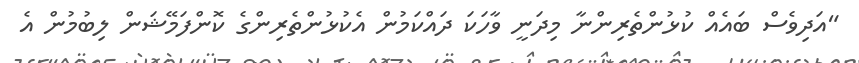
"އަދިވެސް ބައެއް ކުޅުންތެރިންނާ މިދަނީ ވާހަކަ ދައްކަމުން އެކުޅުންތެރިންގެ ކޮންފަމޭޝަން ލިބުމުން އެ